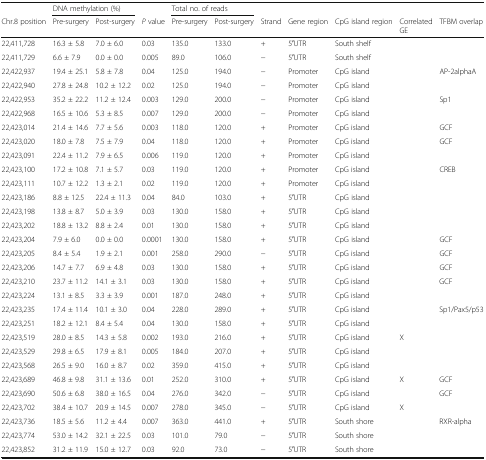
<table><thead><tr><td></td><td colspan="2"><b>DNA methylation (%)</b></td><td></td><td colspan="2"><b>Total no. of reads</b></td><td></td><td></td><td></td><td></td><td></td></tr><tr><td><b>Chr.8 position</b></td><td><b>Pre-surgery</b></td><td><b>Post-surgery</b></td><td><b><i>P</i> value</b></td><td><b>Pre-surgery</b></td><td><b>Post-surgery</b></td><td><b>Strand</b></td><td><b>Gene region</b></td><td><b>CpG island region</b></td><td><b>Correlated GE</b></td><td><b>TFBM overlap</b></td></tr></thead><tbody><tr><td>22,411,728</td><td>16.3 ± 5.8</td><td>7.0 ± 6.0</td><td>0.03</td><td>135.0</td><td>133.0</td><td>+</td><td>5′UTR</td><td>South shelf</td><td></td><td></td></tr><tr><td>22,411,729</td><td>6.6 ± 7.9</td><td>0.0 ± 0.0</td><td>0.005</td><td>89.0</td><td>106.0</td><td>−</td><td>5′UTR</td><td>South shelf</td><td></td><td></td></tr><tr><td>22,422,937</td><td>19.4 ± 25.1</td><td>5.8 ± 7.8</td><td>0.04</td><td>125.0</td><td>194.0</td><td>−</td><td>Promoter</td><td>CpG island</td><td></td><td>AP-2alphaA</td></tr><tr><td>22,422,940</td><td>27.8 ± 24.8</td><td>10.2 ± 12.2</td><td>0.02</td><td>125.0</td><td>194.0</td><td>−</td><td>Promoter</td><td>CpG island</td><td></td><td></td></tr><tr><td>22,422,953</td><td>35.2 ± 22.2</td><td>11.2 ± 12.4</td><td>0.003</td><td>129.0</td><td>200.0</td><td>−</td><td>Promoter</td><td>CpG island</td><td></td><td>Sp1</td></tr><tr><td>22,422,968</td><td>16.5 ± 10.6</td><td>5.3 ± 8.5</td><td>0.007</td><td>129.0</td><td>200.0</td><td>−</td><td>Promoter</td><td>CpG island</td><td></td><td></td></tr><tr><td>22,423,014</td><td>21.4 ± 14.6</td><td>7.7 ± 5.6</td><td>0.003</td><td>118.0</td><td>120.0</td><td>+</td><td>Promoter</td><td>CpG island</td><td></td><td>GCF</td></tr><tr><td>22,423,020</td><td>18.0 ± 7.8</td><td>7.5 ± 7.9</td><td>0.04</td><td>118.0</td><td>120.0</td><td>+</td><td>Promoter</td><td>CpG island</td><td></td><td>GCF</td></tr><tr><td>22,423,091</td><td>22.4 ± 11.2</td><td>7.9 ± 6.5</td><td>0.006</td><td>119.0</td><td>120.0</td><td>+</td><td>Promoter</td><td>CpG island</td><td></td><td></td></tr><tr><td>22,423,100</td><td>17.2 ± 10.8</td><td>7.1 ± 5.7</td><td>0.03</td><td>119.0</td><td>120.0</td><td>+</td><td>Promoter</td><td>CpG island</td><td></td><td>CREB</td></tr><tr><td>22,423,111</td><td>10.7 ± 12.2</td><td>1.3 ± 2.1</td><td>0.02</td><td>119.0</td><td>120.0</td><td>+</td><td>Promoter</td><td>CpG island</td><td></td><td></td></tr><tr><td>22,423,186</td><td>8.8 ± 12.5</td><td>22.4 ± 11.3</td><td>0.04</td><td>84.0</td><td>103.0</td><td>+</td><td>5′UTR</td><td>CpG island</td><td></td><td></td></tr><tr><td>22,423,198</td><td>13.8 ± 8.7</td><td>5.0 ± 3.9</td><td>0.03</td><td>130.0</td><td>158.0</td><td>+</td><td>5′UTR</td><td>CpG island</td><td></td><td></td></tr><tr><td>22,423,202</td><td>18.8 ± 13.2</td><td>8.8 ± 2.4</td><td>0.01</td><td>130.0</td><td>158.0</td><td>+</td><td>5′UTR</td><td>CpG island</td><td></td><td></td></tr><tr><td>22,423,204</td><td>7.9 ± 6.0</td><td>0.0 ± 0.0</td><td>0.0001</td><td>130.0</td><td>158.0</td><td>+</td><td>5′UTR</td><td>CpG island</td><td></td><td>GCF</td></tr><tr><td>22,423,205</td><td>8.4 ± 5.4</td><td>1.9 ± 2.1</td><td>0.001</td><td>258.0</td><td>290.0</td><td>−</td><td>5′UTR</td><td>CpG island</td><td></td><td>GCF</td></tr><tr><td>22,423,206</td><td>14.7 ± 7.7</td><td>6.9 ± 4.8</td><td>0.03</td><td>130.0</td><td>158.0</td><td>+</td><td>5′UTR</td><td>CpG island</td><td></td><td>GCF</td></tr><tr><td>22,423,210</td><td>23.7 ± 11.2</td><td>14.1 ± 3.1</td><td>0.03</td><td>130.0</td><td>158.0</td><td>+</td><td>5′UTR</td><td>CpG island</td><td></td><td>GCF</td></tr><tr><td>22,423,224</td><td>13.1 ± 8.5</td><td>3.3 ± 3.9</td><td>0.001</td><td>187.0</td><td>248.0</td><td>+</td><td>5′UTR</td><td>CpG island</td><td></td><td></td></tr><tr><td>22,423,235</td><td>17.4 ± 11.4</td><td>10.1 ± 3.0</td><td>0.04</td><td>228.0</td><td>289.0</td><td>+</td><td>5′UTR</td><td>CpG island</td><td></td><td>Sp1/Pax5/p53</td></tr><tr><td>22,423,251</td><td>18.2 ± 12.1</td><td>8.4 ± 5.4</td><td>0.04</td><td>130.0</td><td>158.0</td><td>+</td><td>5′UTR</td><td>CpG island</td><td></td><td></td></tr><tr><td>22,423,519</td><td>28.0 ± 8.5</td><td>14.3 ± 5.8</td><td>0.002</td><td>193.0</td><td>216.0</td><td>+</td><td>5′UTR</td><td>CpG island</td><td>X</td><td></td></tr><tr><td>22,423,529</td><td>29.8 ± 6.5</td><td>17.9 ± 8.1</td><td>0.005</td><td>184.0</td><td>207.0</td><td>+</td><td>5′UTR</td><td>CpG island</td><td></td><td></td></tr><tr><td>22,423,568</td><td>26.5 ± 9.0</td><td>16.0 ± 8.7</td><td>0.02</td><td>359.0</td><td>415.0</td><td>+</td><td>5′UTR</td><td>CpG island</td><td></td><td></td></tr><tr><td>22,423,689</td><td>46.8 ± 9.8</td><td>31.1 ± 13.6</td><td>0.01</td><td>252.0</td><td>310.0</td><td>+</td><td>5′UTR</td><td>CpG island</td><td>X</td><td>GCF</td></tr><tr><td>22,423,690</td><td>50.6 ± 6.8</td><td>38.0 ± 16.5</td><td>0.04</td><td>276.0</td><td>342.0</td><td>−</td><td>5′UTR</td><td>CpG island</td><td></td><td>GCF</td></tr><tr><td>22,423,702</td><td>38.4 ± 10.7</td><td>20.9 ± 14.5</td><td>0.007</td><td>278.0</td><td>345.0</td><td>−</td><td>5′UTR</td><td>CpG island</td><td>X</td><td></td></tr><tr><td>22,423,736</td><td>18.5 ± 5.6</td><td>11.2 ± 4.4</td><td>0.007</td><td>363.0</td><td>441.0</td><td>+</td><td>5′UTR</td><td>South shore</td><td></td><td>RXR-alpha</td></tr><tr><td>22,423,774</td><td>53.0 ± 14.2</td><td>32.1 ± 22.5</td><td>0.03</td><td>101.0</td><td>79.0</td><td>−</td><td>5′UTR</td><td>South shore</td><td></td><td></td></tr><tr><td>22,423,852</td><td>31.2 ± 11.9</td><td>15.0 ± 12.7</td><td>0.03</td><td>92.0</td><td>73.0</td><td>−</td><td>5′UTR</td><td>South shore</td><td></td><td></td></tr></tbody></table>